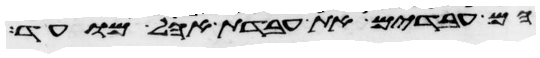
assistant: הם עבדים את עבדת אהל מועד